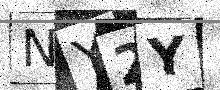
Text: NY2Y